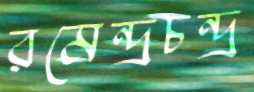
রমেন্দ্রচন্দ্র